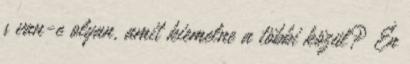
s van-e olyan, amit kiemelne a többi közül? Én